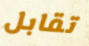
تقابل